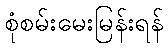
စုံစမ်းမေးမြန်းရန်